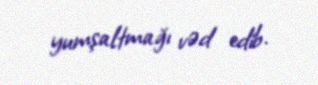
yumşaltmağı vəd edib.